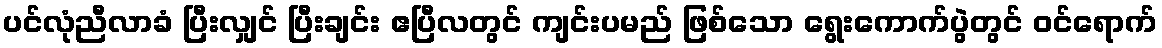
ပင်လုံညီလာခံ ပြီးလျှင် ပြီးချင်း ဧပြီလတွင် ကျင်းပမည် ဖြစ်သော ရွေးကောက်ပွဲတွင် ဝင်ရောက်